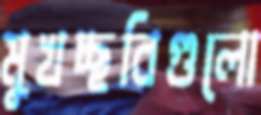
মুখচ্ছবিগুলো